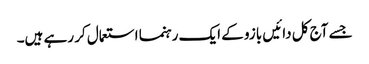
جسے آج کل دائیں بازو کے ایک رہنما استعمال کر رہے ہیں۔